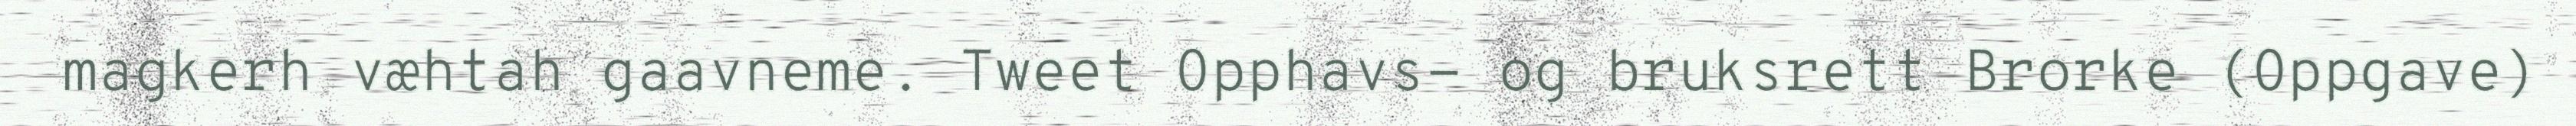
magkerh væhtah gaavneme. Tweet Opphavs- og bruksrett Brorke (Oppgave)